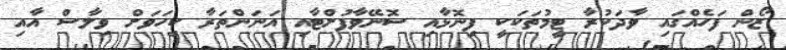
ޒޯން ފަހެއްގައި ވާދަކުރާ ޓީމުތަކަކީ ފިނޮޅާއި ސޮނޭވާފުށްޓާއި އަނަންތަރާ ކިހަވަށް ވިލާސް އާއި